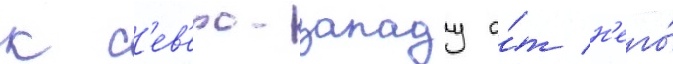
к с'ев'еро-западу о́т н'его́